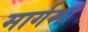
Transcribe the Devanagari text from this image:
मार्गमां